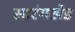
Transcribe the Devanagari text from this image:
सारंगखेड